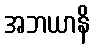
အဘယာနိ